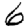
Digit: 6